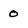
Character: 0